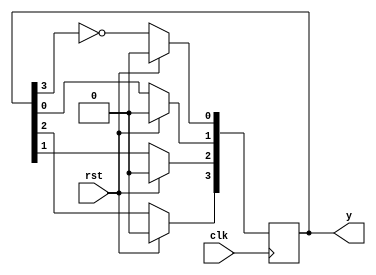
module shift_register (input clk,rst, output reg [3:0] y );

  integer i;
  always@(posedge clk)
    begin
      if(rst==1'b1)   ////Synchronus Reset
        y <= 4'b0000;
      else begin
          for(i = 0; i< 3; i = i + 1) begin   ////Repetitive Hardware part
            y[i+1] <= y[i];
          end
            y[0] <= ~y[3]; 
        end 	
    end
  
endmodule